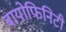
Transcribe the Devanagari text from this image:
बायोफिनिटी